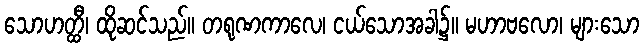
သောဟတ္ထီ၊ ထိုဆင်သည်။ တရုဏကာလေ၊ ငယ်သောအခါ၌။ မဟာဗလော၊ များသော